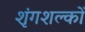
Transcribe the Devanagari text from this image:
शृंगशल्कों